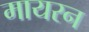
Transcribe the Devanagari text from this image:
मायरन